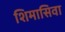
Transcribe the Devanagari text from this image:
शिमासिवा